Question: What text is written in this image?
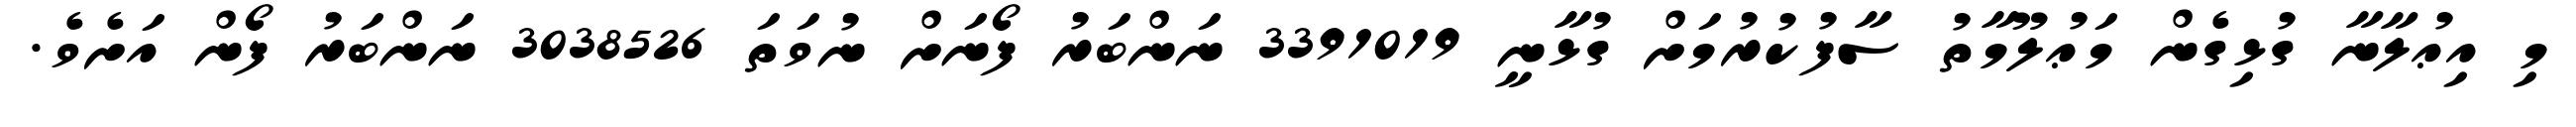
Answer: މި އިޢުލާނާ ގުޅިގެން މަޢުލޫމާތު ސާފުކުރުމަށް ގުޅާނީ 3391019 ނަންބަރު ފޯނަށް ނުވަތަ 3038526 ނަންބަރު ފޯން އަށެވެ.